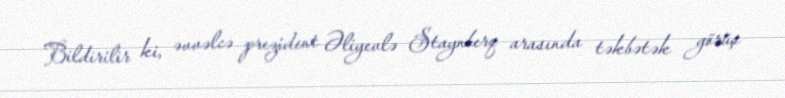
Bildirilir ki, əvvəlcə prezident Əliyevlə Staynberq arasında təkbətək görüş